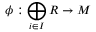
\phi : \bigoplus _ { i \in I } R \to M